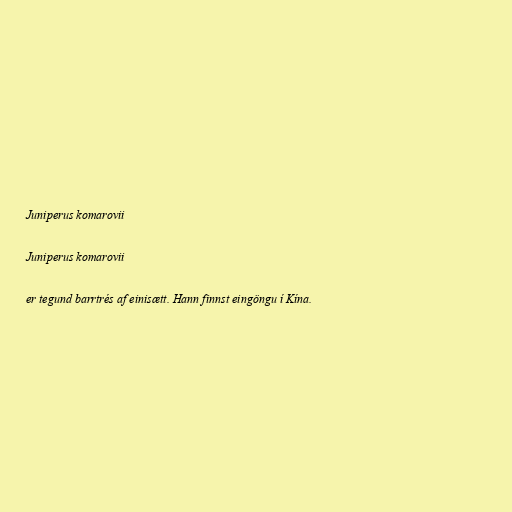
Juniperus komarovii

Juniperus komarovii

er tegund barrtrés af einisætt. Hann finnst eingöngu í Kína.